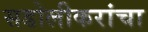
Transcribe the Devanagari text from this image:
सडोलीकरांचा